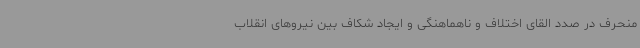
منحرف در صدد القای اختلاف و ناهماهنگی و ایجاد شکاف بین نیروهای انقلاب